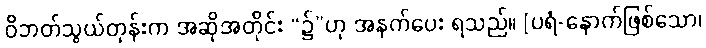
ဝိဘတ်သွယ်တုန်းက အဆိုအတိုင်း “၌”ဟု အနက်ပေး ရသည်။ [ပရံ-နောက်ဖြစ်သော၊